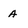
Character: A